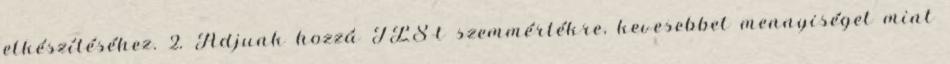
elkészítéséhez. 2. Adjunk hozzá TLS-t szemmértékre, kevesebbet mennyiséget mint